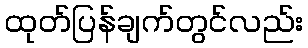
ထုတ်ပြန်ချက်တွင်လည်း